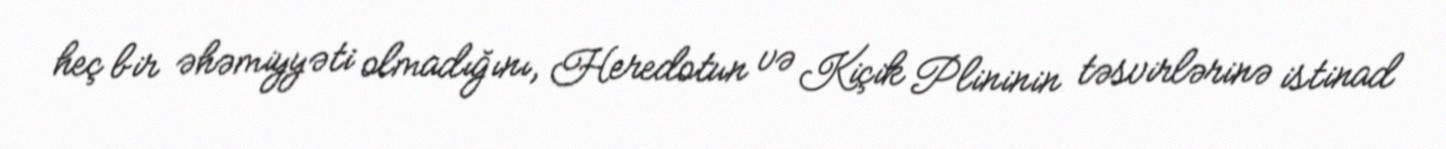
heç bir əhəmiyyəti olmadığını, Heredotun və Kiçik Plininin təsvirlərinə istinad